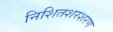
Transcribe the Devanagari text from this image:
निशितशरशरण